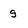
Character: g